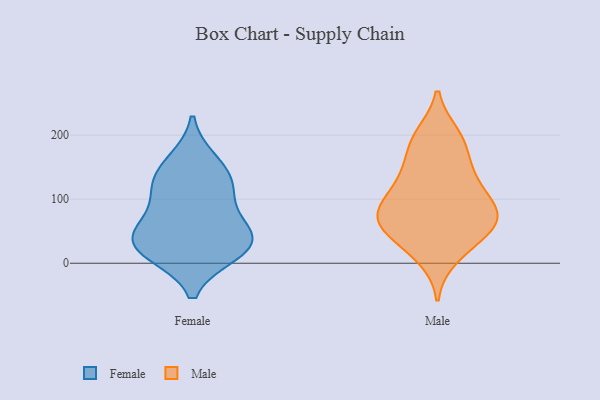
{"axis": {"x": "Population (Million)", "y": "Value"}, "legend": ["Female", "Male"], "data": [{"x": "", "y": 16, "type": "Female"}, {"x": "", "y": 62, "type": "Female"}, {"x": "", "y": 108, "type": "Female"}, {"x": "", "y": 17, "type": "Female"}, {"x": "", "y": 44, "type": "Female"}, {"x": "", "y": 138, "type": "Female"}, {"x": "", "y": 116, "type": "Female"}, {"x": "", "y": 34, "type": "Female"}, {"x": "", "y": 37, "type": "Female"}, {"x": "", "y": 159, "type": "Female"}, {"x": "", "y": 80, "type": "Male"}, {"x": "", "y": 118, "type": "Male"}, {"x": "", "y": 72, "type": "Male"}, {"x": "", "y": 191, "type": "Male"}, {"x": "", "y": 65, "type": "Male"}, {"x": "", "y": 86, "type": "Male"}, {"x": "", "y": 81, "type": "Male"}, {"x": "", "y": 121, "type": "Male"}, {"x": "", "y": 190, "type": "Male"}, {"x": "", "y": 142, "type": "Male"}, {"x": "", "y": 28, "type": "Male"}, {"x": "", "y": 43, "type": "Male"}, {"x": "", "y": 199, "type": "Male"}, {"x": "", "y": 69, "type": "Male"}, {"x": "", "y": 60, "type": "Male"}, {"x": "", "y": 147, "type": "Male"}, {"x": "", "y": 11, "type": "Male"}]}